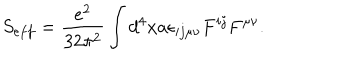
S _ { e f f } = \frac { e ^ { 2 } } { 3 2 \pi ^ { 2 } } \int d ^ { 4 } x a \epsilon _ { i j \mu \nu } F ^ { i j } F ^ { \mu \nu } .